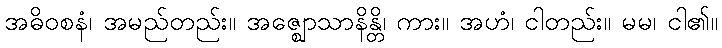
အဓိဝစနံ၊ အမည်တည်း။ အဇ္ဈောသာနိန္တိ၊ ကား။ အဟံ၊ ငါတည်း။ မမ၊ ငါ၏။